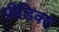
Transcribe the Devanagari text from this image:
प्रीडिक्ट